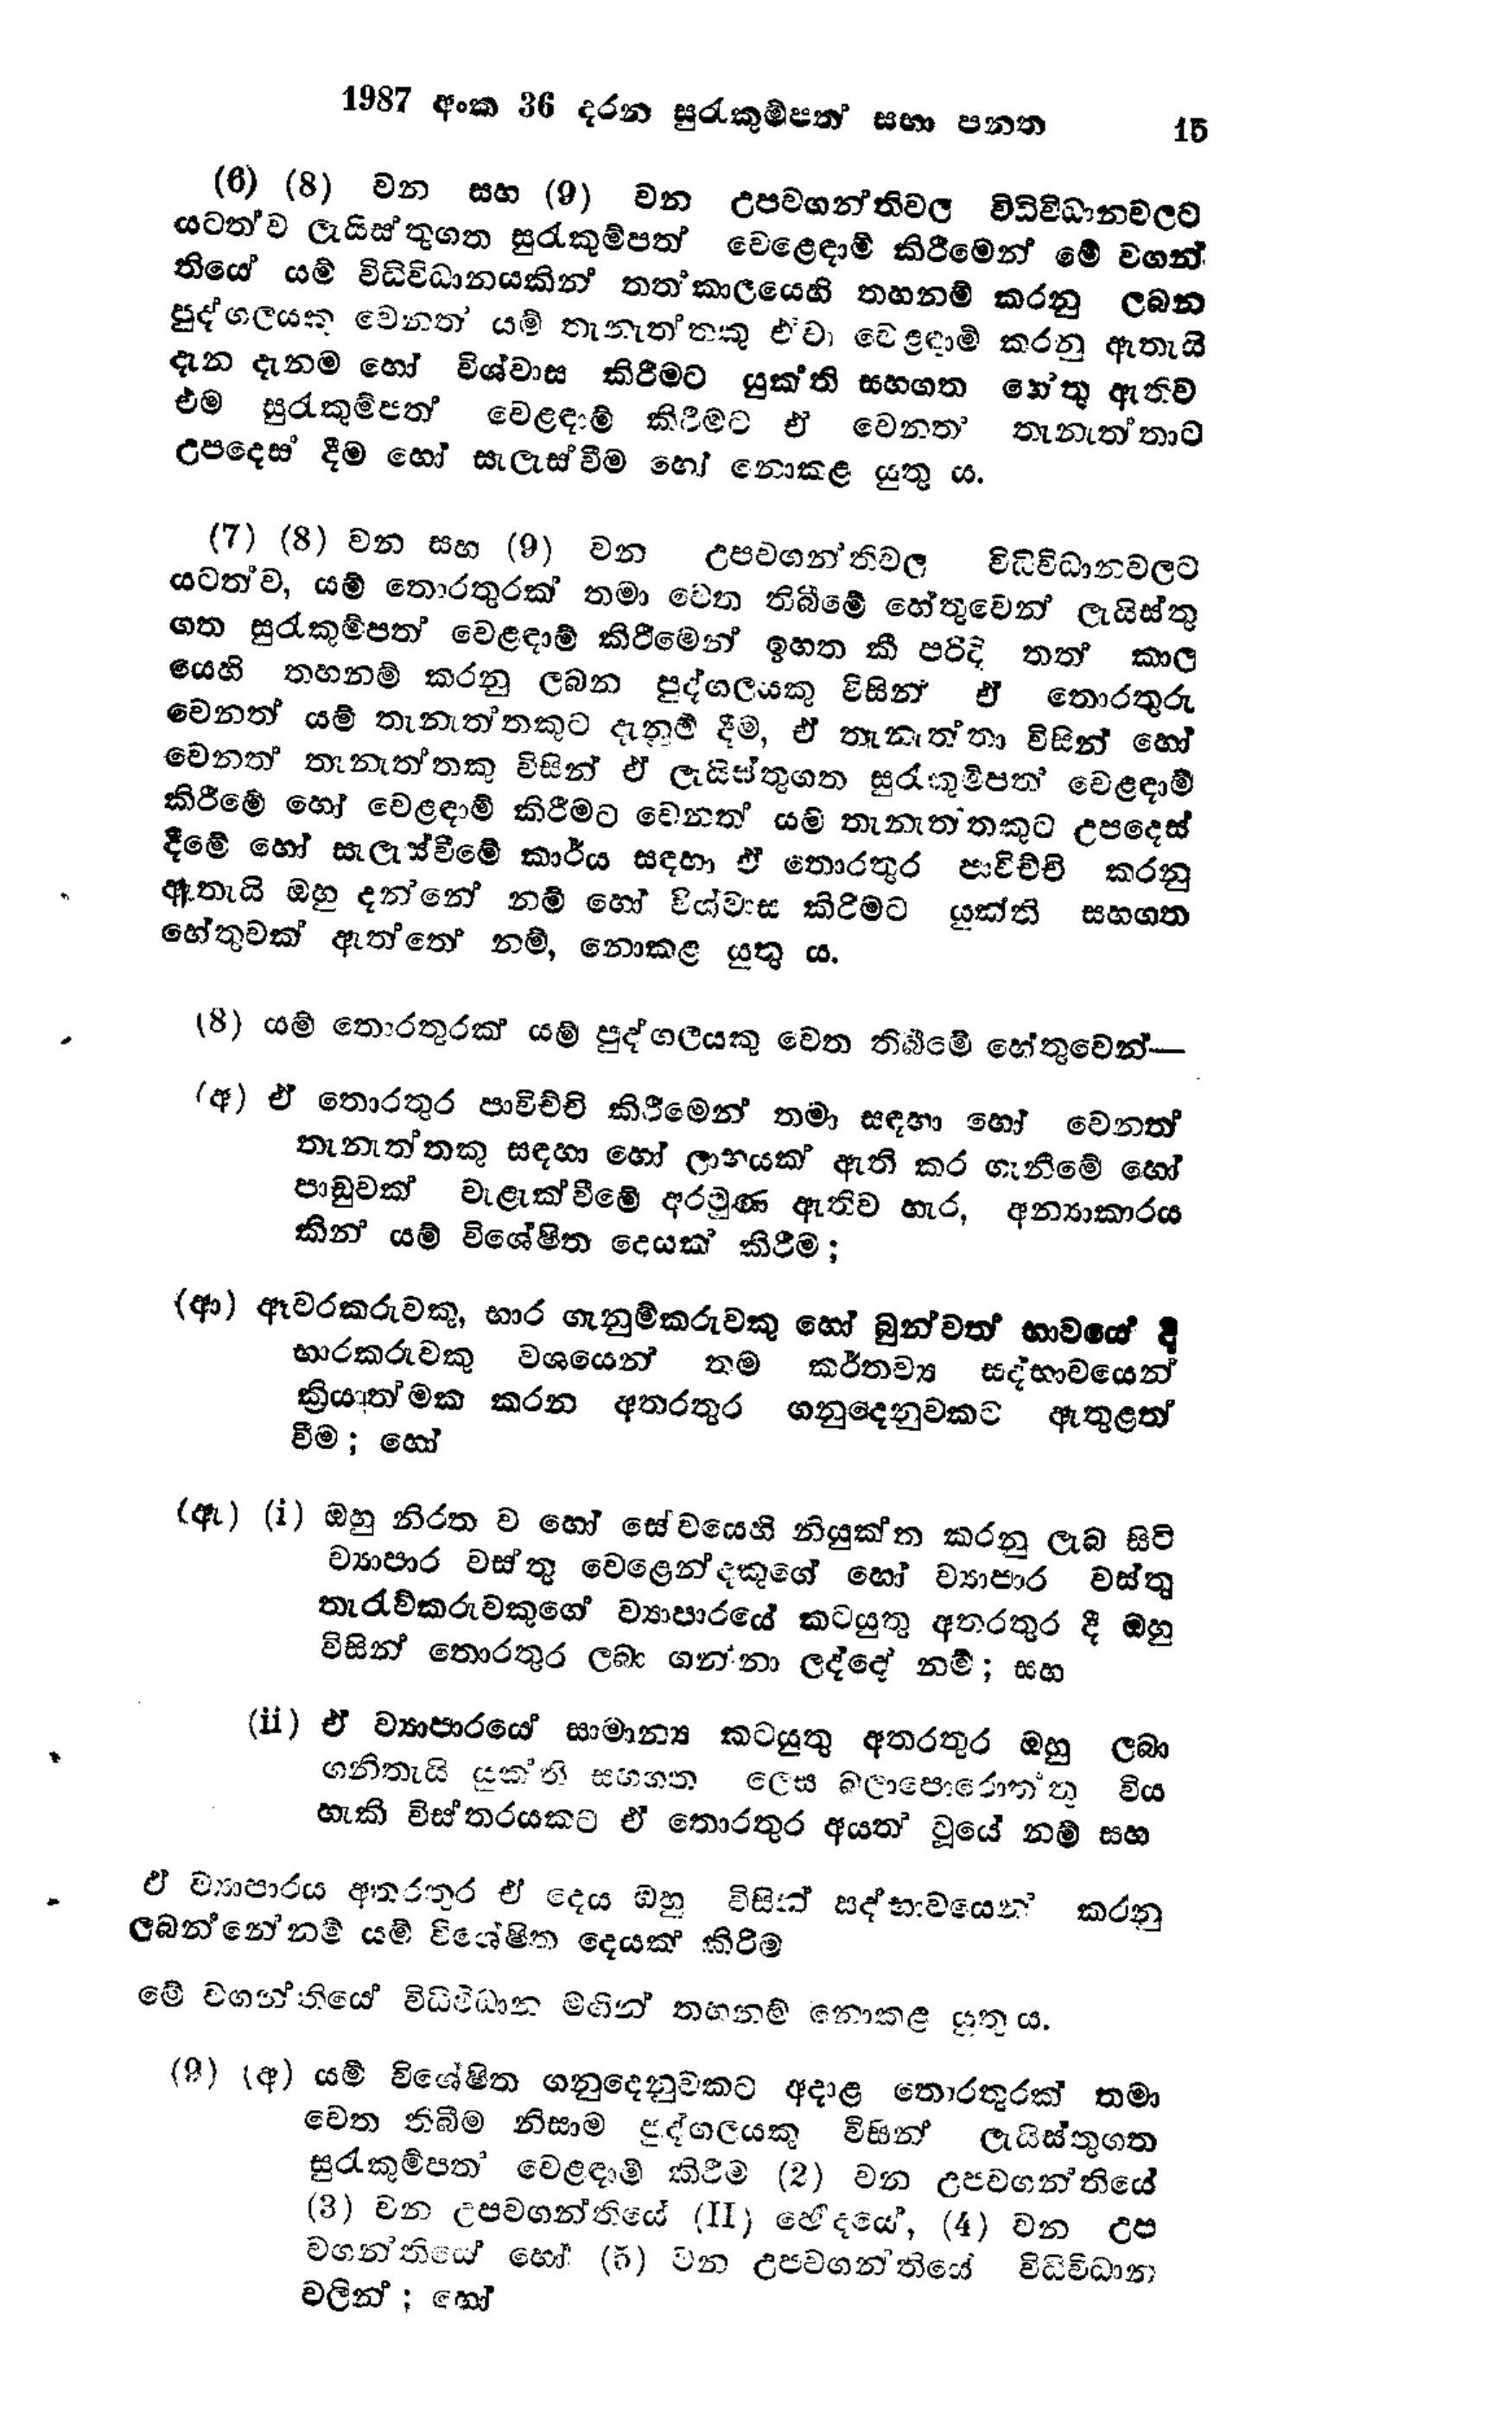
1987 අංක 36 දරන සුරැකුම්පත් සභා පනත 15

(6) (8) වන සහ (9) වන උපවගන්තිවල විධිවිධානවලට
යටත්ව ලැයිස්තුගත සුරැකුම්පත් වෙළෙඳාම් කිරීමෙන් මේ වගන්
තියේ යම් විධිවිධානයකින් තත්කාලයෙහි තහනම් කරනු ලබන
පුද්ගලයකු වෙනත් යම් තැනැත්තකු එවා වෙළඳාම් කරනු ඇතැයි
දැන දැනම හෝ විශ්වාස කිරීමට යුක්ති සහගත හේතු ඇතිව
එම සුරැකුම්පත් වෙළඳාම් කිරීමට ඒ වෙනත් තැනැත්තාට
උපදෙස් දීම හෝ සැලැස්වීම හෝ නොකළ යුතු ය.

(7) (8) වන සහ (9) වන උපවගන්තිවල විධිවිධානවලට
යටත්ව, යම් තොරතුරක් තමා වෙත තිබීමේ හේතුවෙන් ලැයිස්තු
ගත සුරැකුම්පත් වෙළඳාම් කිරීමෙන් ඉහත කී පරිදි තත් කාල
යෙහි තහනම් කරනු ලබන පුද්ගලයකු විසින් ඒ තොරතුරු
වෙනත් යම් තැනැත්තකුට දැනුම් දීම, ඒ තැනැත්තා විසින් හෝ
වෙනත් තැනැත්තකු විසින් ඒ ලැයිස්තුගත සුරැකුම්පත් වෙළඳාම්
කිරීමේ හෝ වෙළඳාම් කිරීමට වෙනත් යම් තැනැතතකුට උපදෙස්
දීමේ හෝ සැලැස්වීමේ කාර්ය සඳහා ඒ තොරතුර පාවිච්චි කරනු
ඇතැයි ඔහු දන්නේ නම් හෝ විශ්වාස කිරීමට යුක්ති සහගත
හේතුවක් ඇත්තේ නම්, නොකළ යුතු ය.

(8) යම් තොරතුරක් යම් පුද්ගලයකු වෙත තිබීමේ හේතුවෙන් -

(අ) ඒ තොරතුර පාවිච්චි කිරීමෙන් තමා සඳහා හෝ වෙනත්
තැනැත්තකු සඳහා හෝ ලාභයක් ඇති කර ගැනීමේ හෝ
පාඩුවක් වැළැක්වීමේ අරමුණ ඇතිව හැර, අන්‍යාකාරය
කින් යම් විශේෂිත දෙයක් කිරීම;

(ආ) ඈවරකරුවකු, භාර ගැනුම්කරුවකු හෝ බුන්වත් භාවයේ දී
භාරකරුවකු වශයෙන් තම කර්තව්‍ය සද්භාවයෙන්
ක්‍රියාත්මක කරන අතරතුර ගනුදෙනුවකට ඇතුළත්
වීම; හෝ

(ඈ) (i) ඔහු නිරත ව හෝ සේවයෙහි නියුක්ත කරනු ලැබ සිටි
ව්‍යාපාර වස්තු වෙළෙන්දකුගේ හෝ ව්‍යාපාර වස්තු
තැරැව්කරුවකුගේ ව්‍යාපාරයේ කටයුතු අතරතුර දී ඔහු
විසින් තොරතුර ලබා ගන්නා ලද්දේ නම්; සහ

(ii) ඒ ව්‍යාපාරයේ සාමාන්‍ය කටයුතු අතරතුර ඔහු ලබා
ගනිතැයි යුක්ති සහගත ලෙස බලාපොරොත්තු විය
හැකි විස්තරයකට ඒ තොරතුර අයත් වූයේ නම් සහ

ඒ ව්‍යාපාරය අතරතුර ඒ දෙය ඔහු විසින් සද්භාවයෙන් කරනු
ලබන්නේ නම් යම් විශේෂිත දෙයක් කිරිම

මේ වගන්තියේ විධිවිධාන මඟින් තහනම් නොකළ යුතු ය.

(9) (අ) යම් විශේෂිත ගනුදෙනුවකට අදාළ තොරතුරක් තමා
වෙත තිබීම නිසාම පුද්ගලයකු විසින් ලැයිස්තුගත
සුරැකුම්පත‍් වෙළඳාම් කිරීම (2) වන උපවගන්තියේ
(3) වන උපවගන්තියේ (II) ඡේදයේ, (4) වන උප
වගන්තියේ හෝ  (5) වන උපවගන්තියේ විධිවිධාන
වලින් ; හෝ